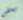
بعض